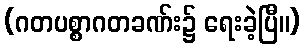
(ဂတပစ္စာဂတခဏ်း၌ ရေးခဲ့ပြီ။)